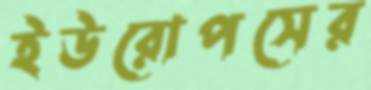
ইউরোপসের